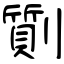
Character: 劕